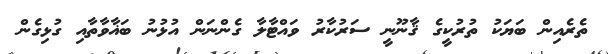
ތެރެއިން ބަޔަކު ތުރުކީގެ ޤާނޫނީ ސަރުކާރު ވައްޓާލާ ގެންނަން އުޅުނު ބަޣާވާތާއި ގުޅިގެން